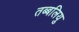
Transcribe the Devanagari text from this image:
तब्बलियु